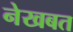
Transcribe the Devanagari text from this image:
नेखबत